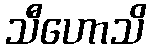
သီဟောသိ